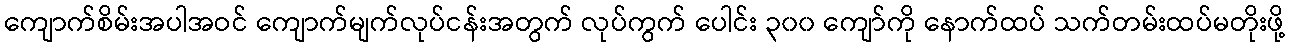
ကျောက်စိမ်းအပါအဝင် ကျောက်မျက်လုပ်ငန်းအတွက် လုပ်ကွက် ပေါင်း ၃၀၀ ကျော်ကို နောက်ထပ် သက်တမ်းထပ်မတိုးဖို့